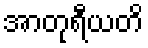
အာတုရီယတိ